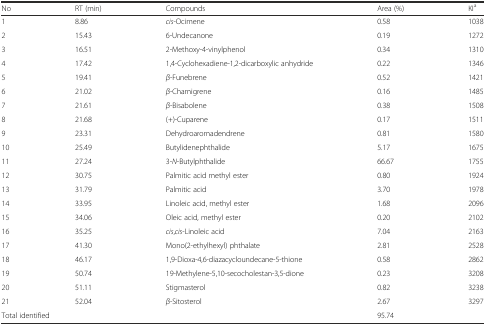
<table><thead><tr><td><b>No</b></td><td><b>RT (min)</b></td><td><b>Compounds</b></td><td><b>Area (%)</b></td><td><b>KI<sup>a</sup></b></td></tr></thead><tbody><tr><td>1</td><td>8.86</td><td><i>cis</i>-Ocimene</td><td>0.58</td><td>1038</td></tr><tr><td>2</td><td>15.43</td><td>6-Undecanone</td><td>0.19</td><td>1272</td></tr><tr><td>3</td><td>16.51</td><td>2-Methoxy-4-vinylphenol</td><td>0.34</td><td>1310</td></tr><tr><td>4</td><td>17.42</td><td>1,4-Cyclohexadiene-1,2-dicarboxylic anhydride</td><td>0.22</td><td>1346</td></tr><tr><td>5</td><td>19.41</td><td><i>β</i>-Funebrene</td><td>0.52</td><td>1421</td></tr><tr><td>6</td><td>21.02</td><td><i>β</i>-Chamigrene</td><td>0.16</td><td>1485</td></tr><tr><td>7</td><td>21.61</td><td><i>β</i>-Bisabolene</td><td>0.38</td><td>1508</td></tr><tr><td>8</td><td>21.68</td><td>(+)-Cuparene</td><td>0.17</td><td>1511</td></tr><tr><td>9</td><td>23.31</td><td>Dehydroaromadendrene</td><td>0.81</td><td>1580</td></tr><tr><td>10</td><td>25.49</td><td>Butylidenephthalide</td><td>5.17</td><td>1675</td></tr><tr><td>11</td><td>27.24</td><td>3-<i>N</i>-Butylphthalide</td><td>66.67</td><td>1755</td></tr><tr><td>12</td><td>30.75</td><td>Palmitic acid methyl ester</td><td>0.80</td><td>1924</td></tr><tr><td>13</td><td>31.79</td><td>Palmitic acid</td><td>3.70</td><td>1978</td></tr><tr><td>14</td><td>33.95</td><td>Linoleic acid, methyl ester</td><td>1.68</td><td>2096</td></tr><tr><td>15</td><td>34.06</td><td>Oleic acid, methyl ester</td><td>0.20</td><td>2102</td></tr><tr><td>16</td><td>35.25</td><td><i>cis</i>,<i>cis</i>-Linoleic acid</td><td>7.04</td><td>2163</td></tr><tr><td>17</td><td>41.30</td><td>Mono(2-ethylhexyl) phthalate</td><td>2.81</td><td>2528</td></tr><tr><td>18</td><td>46.17</td><td>1,9-Dioxa-4,6-diazacycloundecane-5-thione</td><td>0.58</td><td>2862</td></tr><tr><td>19</td><td>50.74</td><td>19-Methylene-5,10-secocholestan-3,5-dione</td><td>0.23</td><td>3208</td></tr><tr><td>20</td><td>51.11</td><td>Stigmasterol</td><td>0.82</td><td>3238</td></tr><tr><td>21</td><td>52.04</td><td><i>β</i>-Sitosterol</td><td>2.67</td><td>3297</td></tr><tr><td colspan="3">Total identified</td><td colspan="2">95.74</td></tr></tbody></table>